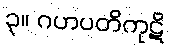
၃။ ဂဟပတိကုဋိ